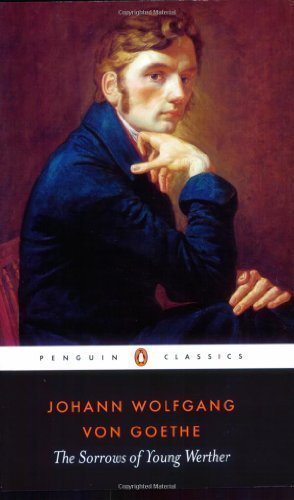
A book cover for The Sorrows of Young Werther (Penguin Classics) 11th (eleventh) Edition by Goethe, Johann Wolfgang von published by Penguin Classics (1989); Science & Math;